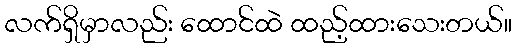
လက်ရှိမှာလည်း ထောင်ထဲ ထည့်ထားသေးတယ်။